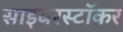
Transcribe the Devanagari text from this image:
साइबरस्टॉकर